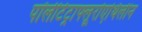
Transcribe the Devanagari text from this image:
पॉलीटेट्राफ्लूरोएथिलीन